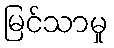
မြင်သာမှု